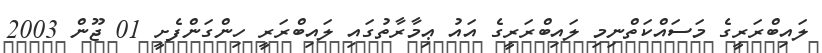
ލައިބްރަރީގެ މަސައްކަތްނިމި ލައިބްރަރީގެ އައު ޢިމާރާތުގައި ލައިބްރަރީ ހިންގަންފެށީ 01 ޖޫން 2003